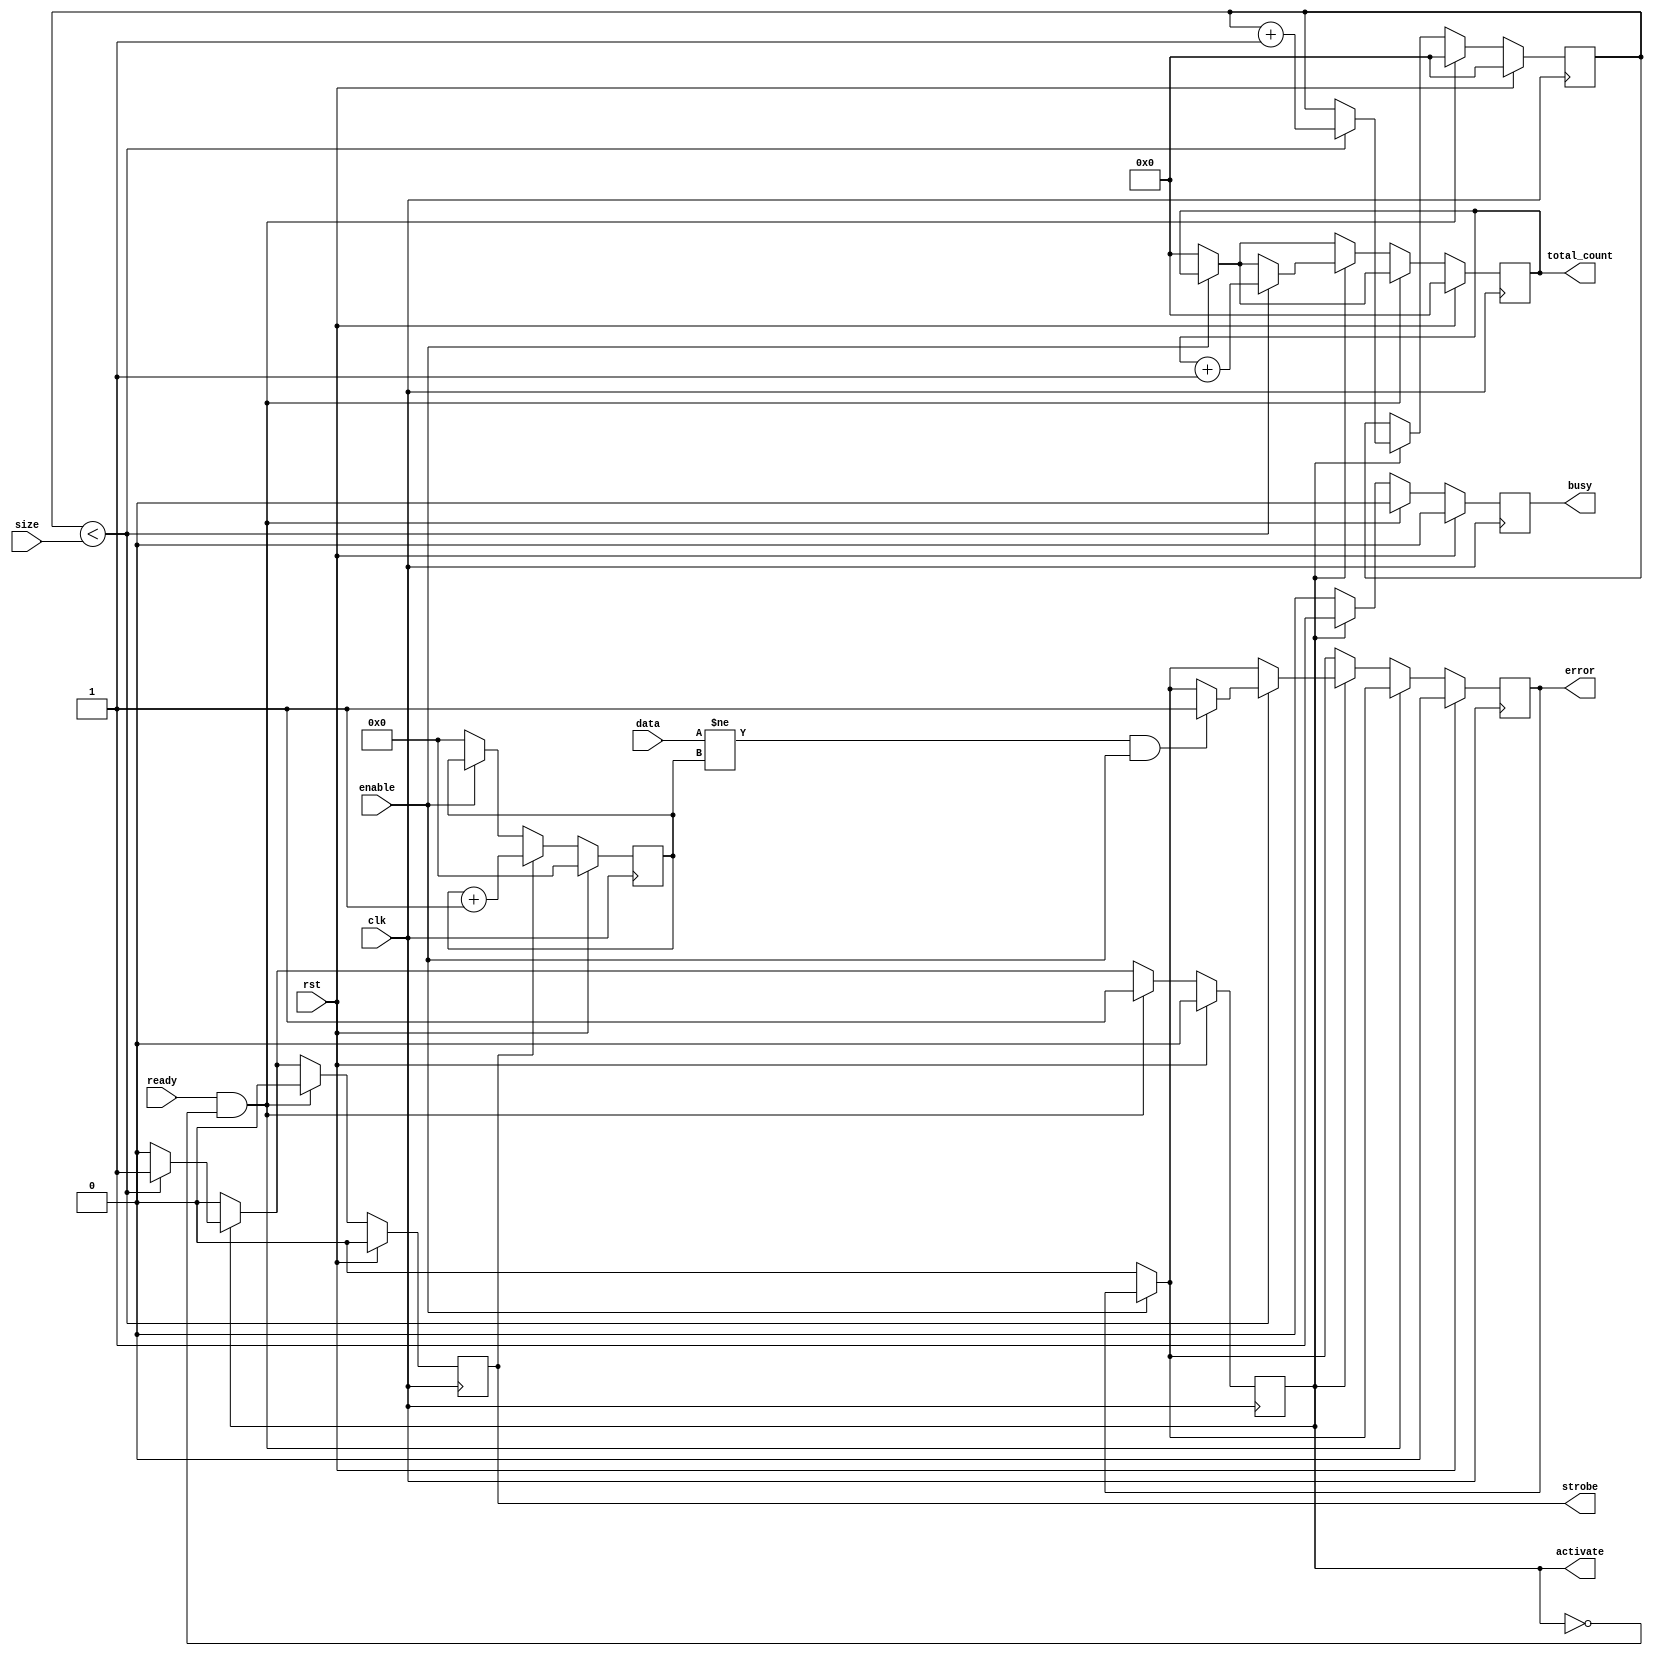
module test_out (
  input               clk,
  input               rst,
  input               enable,
  output  reg         busy,
  output  reg         error,
  input               ready,
  output  reg         activate,
  input       [23:0]  size,
  input       [31:0]  data,
  output  reg         strobe,
  output  reg [23:0]  total_count
);
reg           [31:0]  test_value;
reg           [23:0]  count;
always @ (posedge clk) begin
  if (rst) begin
    activate          <=  0;
    count             <=  0;
    test_value        <=  32'h0;
    error             <=  0;
    busy              <=  0;
    total_count       <=  0;
    strobe            <=  0;
  end
  else begin
    busy              <=  0;
    strobe            <=  0;
    if (!enable) begin
      test_value      <=  32'h0;
      error           <=  0;
      total_count     <=  0;
    end
    if (ready && !activate) begin
      count         <=  0;
      activate      <=  1;
    end
    else if (activate) begin
      busy            <= 1;
      if (count < size) begin
        strobe      <=  1;
        total_count <=  total_count + 1;
        count       <=  count + 1;
        if ((data != test_value) && enable) begin
          error     <=  1;
        end
      end
      else begin
        activate  <=  0;
      end
    end
    if (strobe) begin
      test_value  <= test_value + 1;
    end
  end
end
endmodule